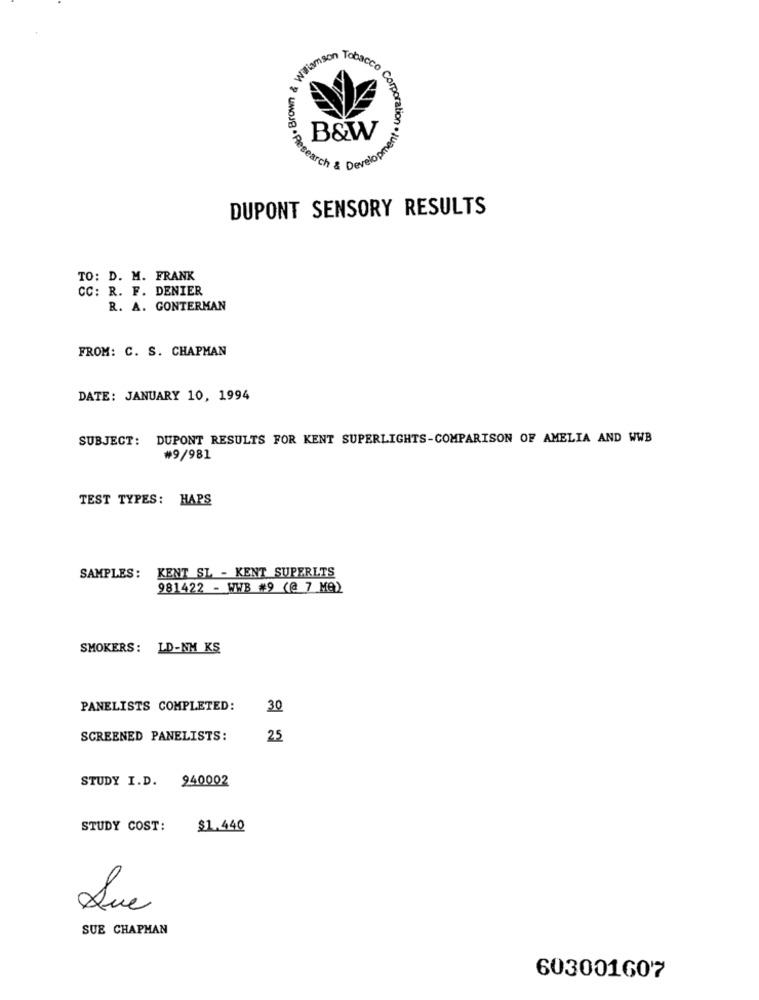
Wwiam
mson Tobacco
(JJBased . Brown &
B&W
search & Develop
DUPONT SENSORY RESULTS
TO: D. M. FRANK
CC: R. F. DENIER
R. A. GONTERMAN
FROM: C. S. CHAPMAN
DATE: JANUARY 10, 1994
SUBJECT: DUPONT RESULTS FOR KENT SUPERLIGHTS-COMPARISON OF AMELIA AND WWB
#9/981
TEST TYPES: HAPS
SAMPLES: KENT SL - KENT SUPERLTS
981422 - WWB #9 (@ 7 MQ)
SMOKERS: LD-NM KS
PANELISTS COMPLETED:
30
SCREENED PANELISTS:
25
STUDY I.D. 940002
STUDY COST:
$1.440
Sue
SUE CHAPMAN
603001607